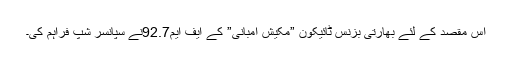
اس مقصد کے لئے بھارتی بزنس ٹائیکون ”مکیش امبانی” کے ایف ایم92.7نے سپانسر شپ فراہم کی۔